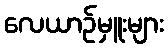
လေယာဉ်မှူးများ